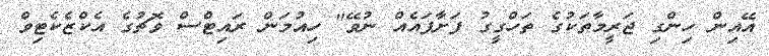
އޭއިން ހިންގި ޖަރީމާތަކުގެ ތަހްގީގު ފަށާފައެއް ނުވޭ" ހިއުމަން ރައިޓްސް ވޮޗުގެ އެކްޒެކެޓިވް